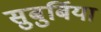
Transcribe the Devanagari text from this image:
सुबुर्बिया